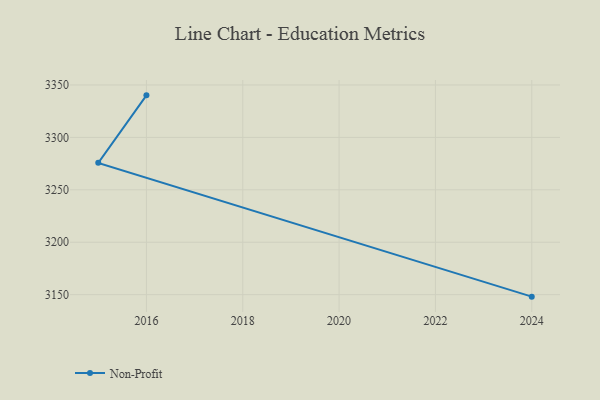
{"axis": {"x": "Year", "y": "Bounce Rate (%)"}, "legend": ["Non-Profit"], "data": [{"x": "2024", "y": 3148.1, "type": "Non-Profit"}, {"x": "2015", "y": 3275.7, "type": "Non-Profit"}, {"x": "2016", "y": 3340.1, "type": "Non-Profit"}]}